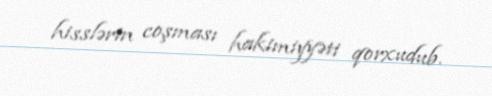
hisslərin coşması hakimiyyəti qorxudub.